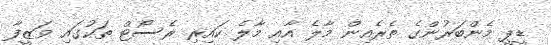
ޑީޕީ މެންބަރުންގެ ތެރެއިން މާލެ އާއި މާލެ ކައިރި ރެސޯޓް ތަކުގައި ވަޒީފާ